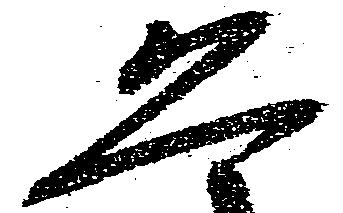
恐